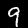
Digit: 9